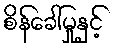
စိန်ခေါ်မှုနှင့်